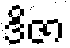
ဒိဇာ